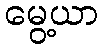
မွေ့ယာ